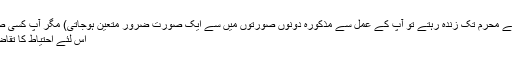
(اب اگر آنحضرت صلی اللہ علیہ وسلم اس کے بعد اگلے محرم تک زندہ رہتے تو آپ کے عمل سے مذکورہ دونوں صورتوں میں سے ایک صورت ضرور متعین ہوجاتی) مگر آپ کسی صورت کو متعین کرنے سے پہلے وفات پاگئے تھے،
اس لئے احتیاط کا تقاضا یہی ہے کہ نو اور دس دونوں کا روزہ رکھا جائے۔